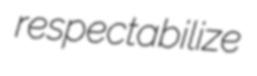
respectabilize